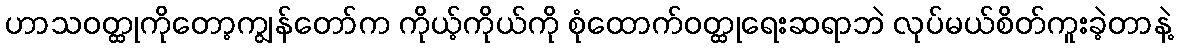
ဟာသဝတ္ထုကိုတော့ကျွန်တော်က ကိုယ့်ကိုယ်ကို စုံထောက်ဝတ္ထုရေးဆရာဘဲ လုပ်မယ်စိတ်ကူးခဲ့တာနဲ့